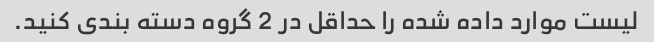
لیست موارد داده شده را حداقل در 2 گروه دسته بندی کنید.